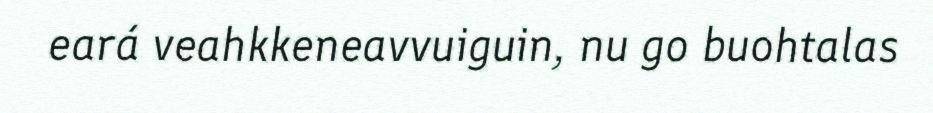
eará veahkkeneavvuiguin, nu go buohtalas